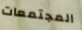
المجتمعات